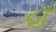
હાઁ